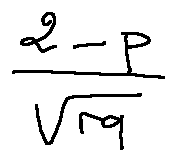
\frac { 2 - p } { \sqrt { r q } }